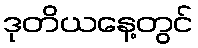
ဒုတိယနေ့တွင်